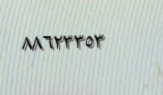
٨٨٦٢٣٣٥٣